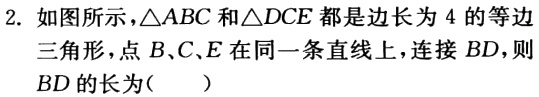
2. 如图所示，$\triangle ABC$和$\triangle DCE$都是边长为$4$的等边三角形，点$B、C、E$在同一条直线上，连接$BD$，则$BD$的长为（  ）